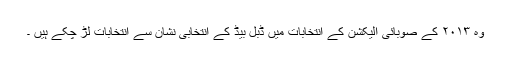
وہ ۲۰۱۳ کے صوبائی الیکشن کے انتخابات میں ڈبل بیڈ کے انتخابی نشان سے انتخابات لڑ چکے ہیں ۔